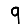
Digit: 9